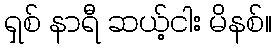
ရှစ် နာရီ ဆယ့်ငါး မိနစ်။